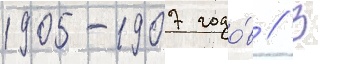
1905-1907 годо́в // В